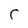
Character: C